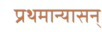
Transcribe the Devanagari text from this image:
प्रथमान्यासन्